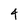
Character: 4